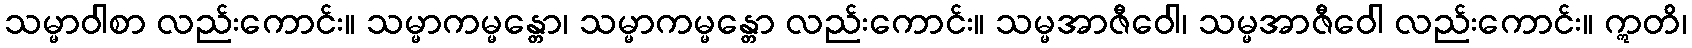
သမ္မာဝါစာ လည်းကောင်း။ သမ္မာကမ္မန္တော၊ သမ္မာကမ္မန္တော လည်းကောင်း။ သမ္မအာဇီဝေါ၊ သမ္မအာဇီဝေါ လည်းကောင်း။ ဣတိ၊